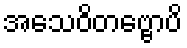
အသေဝိတဗ္ဗောပိ